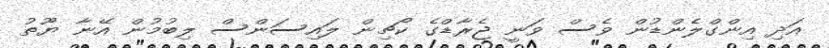
އަދި އިންގްލެންޑުން ވެސް ވަނީ ޖެރާޑްގެ ކޯޗިން ލައިސަންސް ލިބުމުން އޭނާ ޔޫތު